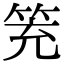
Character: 𥬱